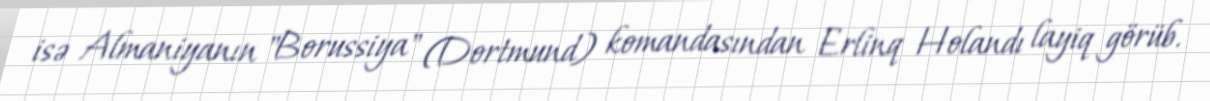
isə Almaniyanın "Borussiya" (Dortmund) komandasından Erlinq Holandı layiq görüb.